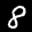
Label: 8